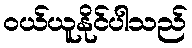
ဝယ်ယူနိုင်ပါသည်